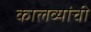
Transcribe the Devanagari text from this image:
कालव्यांची